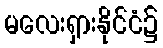
မလေးရှားနိုင်ငံ၌